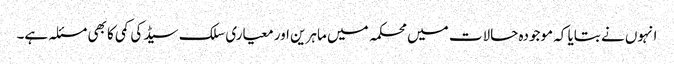
انہوں نے بتایا کہ موجودہ حالات میں محکمہ میں ماہرین اور معیاری سلک سیڈ کی کمی کا بھی مسئلہ ہے۔